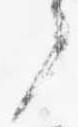
了